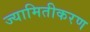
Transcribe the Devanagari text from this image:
ज्यामितीकरण